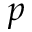
p